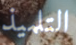
التلميذ